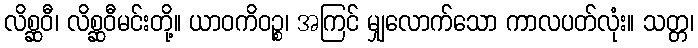
လိစ္ဆဝီ၊ လိစ္ဆဝီမင်းတို့။ ယာဝကိဝဉ္စ၊ အကြင် မျှလောက်သော ကာလပတ်လုံး။ သတ္တ၊